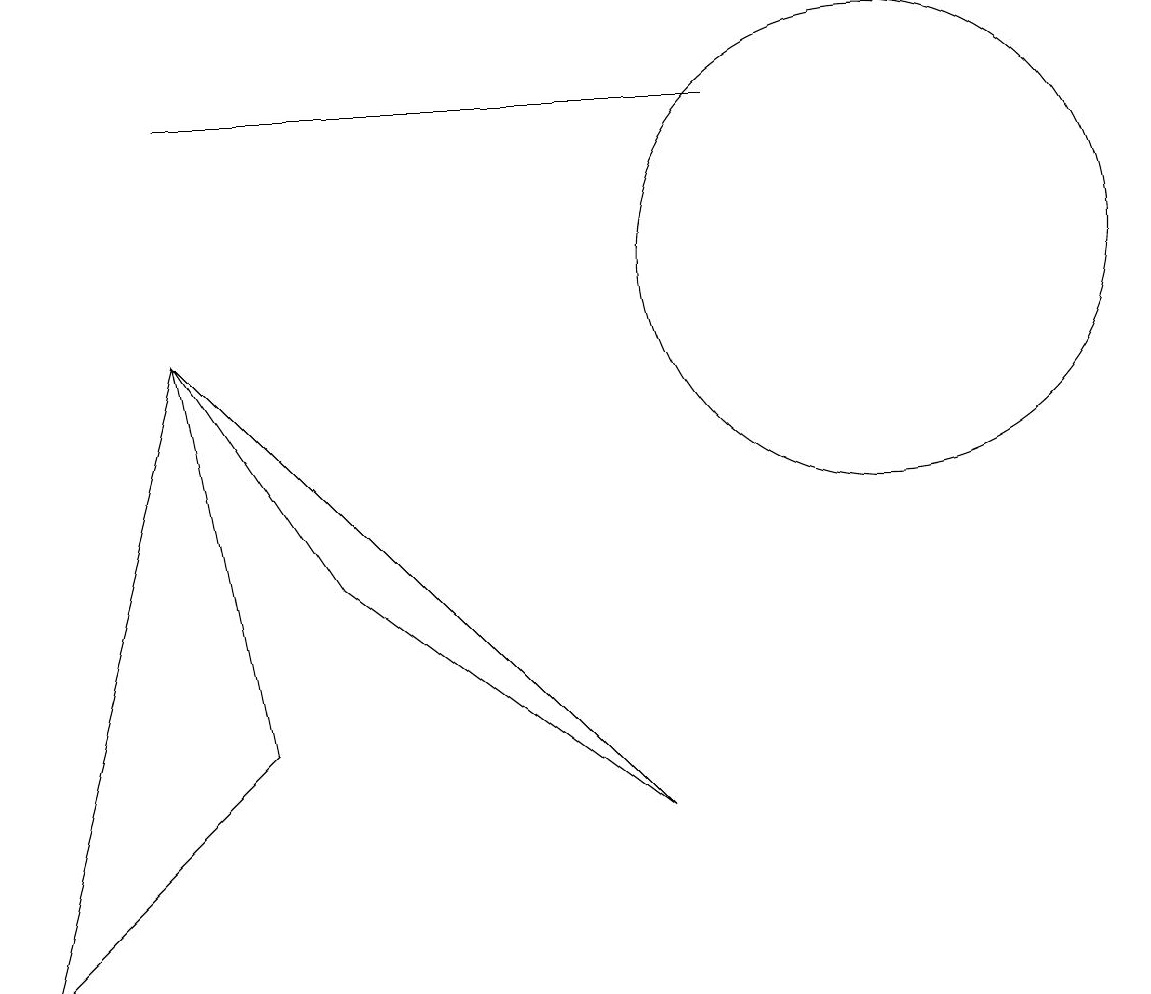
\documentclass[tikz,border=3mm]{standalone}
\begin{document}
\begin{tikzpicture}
\draw (9,12) rectangle (2,12);
\draw (11,10) circle (3);
\draw (2,9) -- (4,6) -- (8,3) -- cycle;
\draw (2,9) -- (3,4) -- (0,1) -- cycle;
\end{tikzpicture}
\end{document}